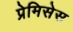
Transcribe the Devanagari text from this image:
प्रेमिसेस